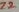
Text: Z2